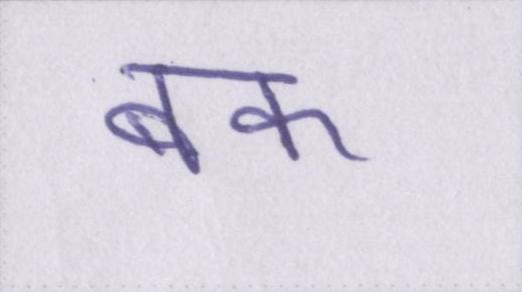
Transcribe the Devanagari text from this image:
बक